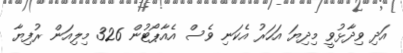
އަދި ވިދާޅުވީ މިދިޔަ އަހަރު އެކަނި ވެސް އެއާޕޯޓުން 326 މިލިއަން ރުފިޔާ